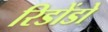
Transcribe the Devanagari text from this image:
रिडोंडो